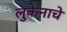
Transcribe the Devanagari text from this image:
लुकेनाचे